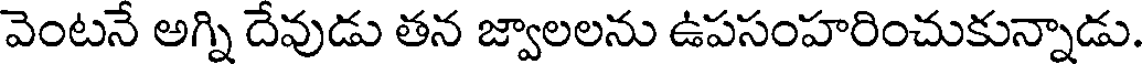
వెంటనే అగ్ని దేవుడు తన జ్వాలలను ఉపసంహరించుకున్నాడు.